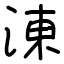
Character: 涷